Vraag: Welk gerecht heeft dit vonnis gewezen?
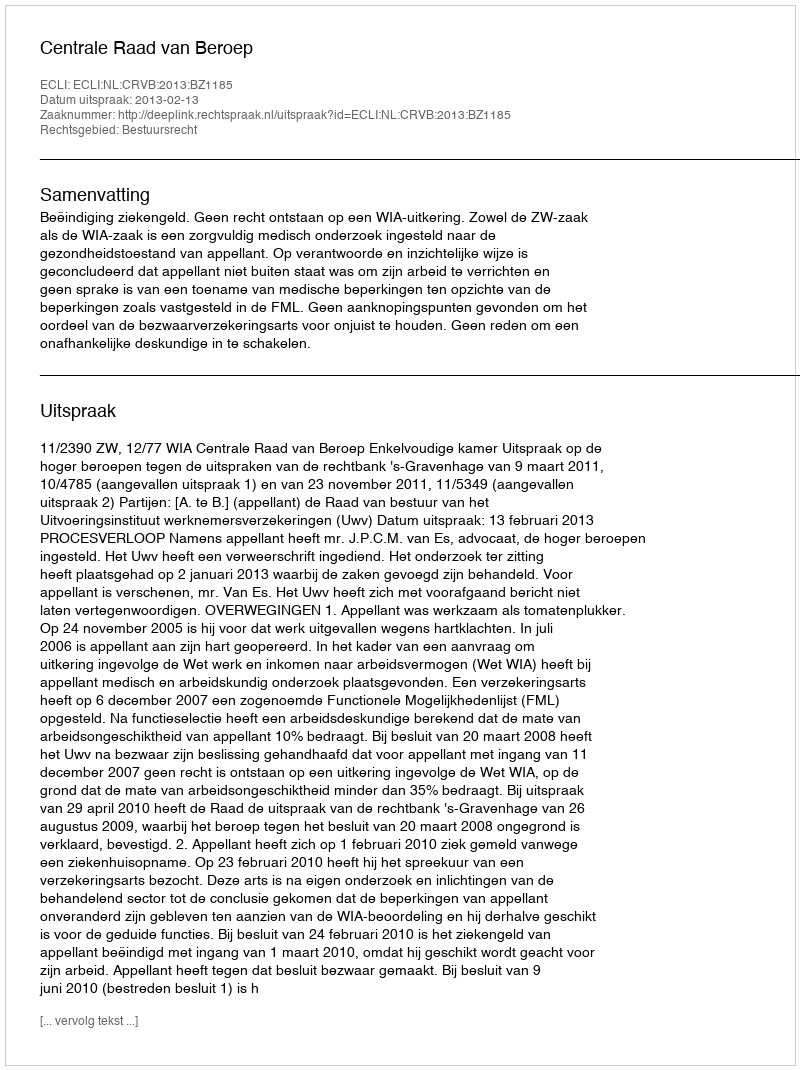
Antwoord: Centrale Raad van Beroep